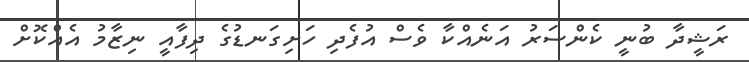
ރަޝީދާ ބުނީ ކެންސަރު އަނެއްކާ ވެސް އުފެދި ހަށިގަނޑުގެ ދިފާއީ ނިޒާމު އެއްކޮށް